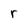
Character: r